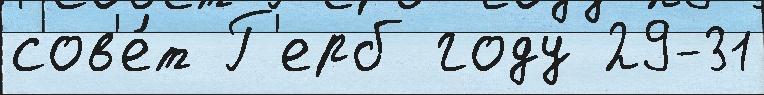
сов'е́т Г'ерб году 29-31